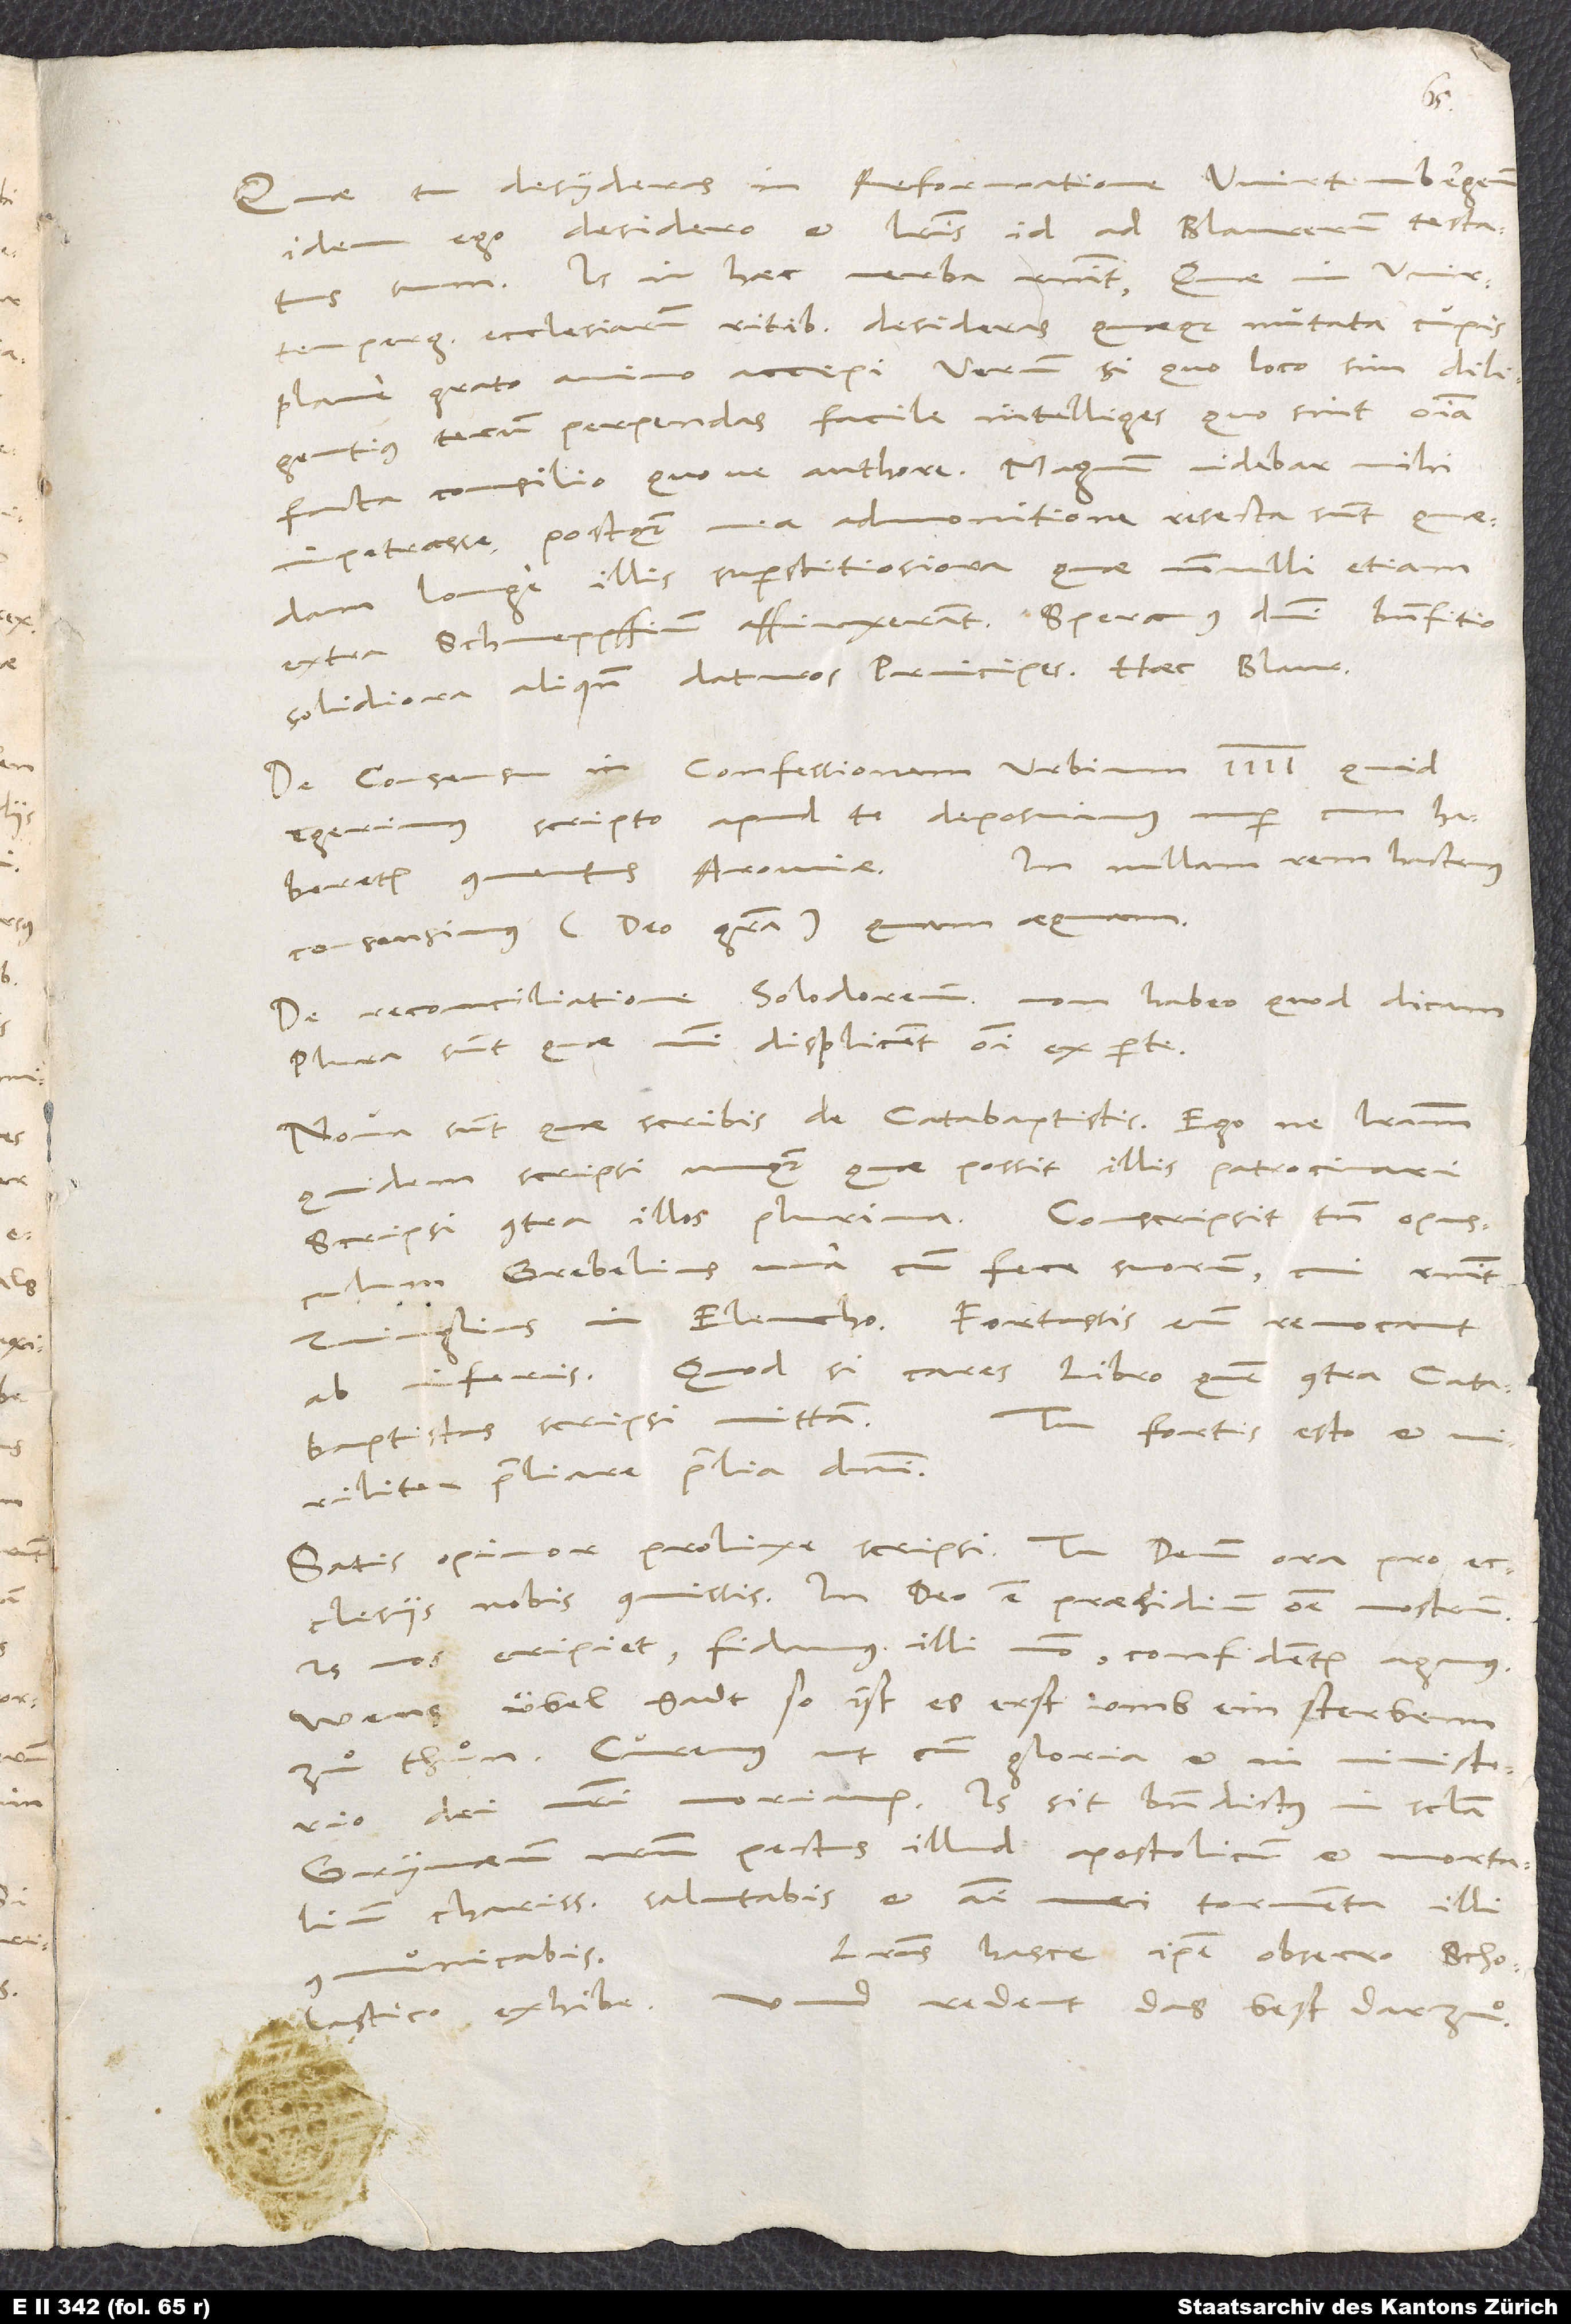
Quae tu desyderas in reformatione Wirtembergensi,
idem ego desidero et literis id ad Blaurerum testatus
sum. Is in haec verba respondit: "Quae in Wirtempergensium
ecclesiarum ritibus desideras quaeque mutata cupis,
plane grato animo accepi. Verum si, quo loco sim, diligentius
tecum perpendas, facile intelliges, quo sint omnia
facta consilio quove authore. Magnum videbar mihi
impetrasse, postquam mea admonitione resecta sunt quaedam
longe illis superstitiosiora, quae nonnulli etiam
extra Schneppffium affinxerant. Speramus domini benefitio
solidiora aliquando daturos principes." Haec Blaurerus.
De consensu in confessionem urbium 4 quid
egerimus, scripto apud te deposuimus nuper, cum haberetur
conventus Aroviae. In nullam rem hactenus
consensimus (deo gratia) quam aequam.
De reconciliatione Solodorensium non habeo, quod dicam.
Plura sunt, quae mihi displicent omni ex parte.
Nova sunt, quae scribis de catabaptistis. Ego ne literam
quidem scripsi unquam, quae possit illis patrocinari.
Scripsi contra illos plurima. Conscripsit tamen opusculum
Grebelius una cum fece suorum, cui respondit
Zvinglius in Elencho. Fortassis eum revocant
ab inferis. Quodsi cares libro, quem contra catabaptistas
Tu fortis esto et
viriliter proeliare proelia domini.
Satis, opinor, prolixe scripsi. Tu deum ora pro
ecclesiis nobis commissis. In deo est praesidium omne nostrum.
Is nos eripiet. Fidamus illi modo; confidenter agamus.
Wens übel gadt, so ist es erst umb ein sterbenn
zuͦ thuͦn. Curemus, ut cum gloria et in ministerio
dei nostri moriamur. Is sit benedictus in saecula.
Grynaeum nostrum, pectus illud apostolicum et mortalium
charissimum, salutabis et animi mei tormenta illi
Literas hasce ipse, obsecro, Scholastico
communicabis.
exhibe. Und redent das best darzu.